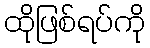
ထိုဖြစ်ရပ်ကို